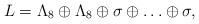
\begin{align*}L = \Lambda_8 \oplus \Lambda_8 \oplus \sigma \oplus \ldots \oplus \sigma,\end{align*}